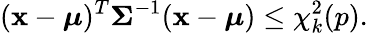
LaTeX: ({\mathbf{x}}-{\boldsymbol{\mu}})^{T}{\boldsymbol{\Sigma}}^{-1}({\mathbf{x}}-{\boldsymbol{\mu}})\leq\chi_{k}^{2}(p).